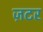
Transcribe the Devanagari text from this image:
ज़टर